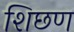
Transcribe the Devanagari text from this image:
शिछण